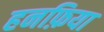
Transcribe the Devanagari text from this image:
हनफ़िया